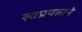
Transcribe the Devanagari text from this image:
स्वप्रयत्नाने